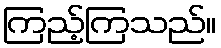
ကြည့်ကြသည်။